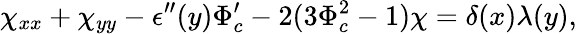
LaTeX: \chi_{xx}+\chi_{yy}-\epsilon^{\prime\prime}(y)\Phi_{c}^{\prime}-2(3\Phi_{c}^{2}-1)\chi=\delta(x)\lambda(y),